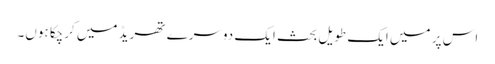
اس پر میں ایک طویل بحث ایک دوسرے تھریڈ میں کرچکا ہوں۔